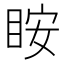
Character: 𥅥